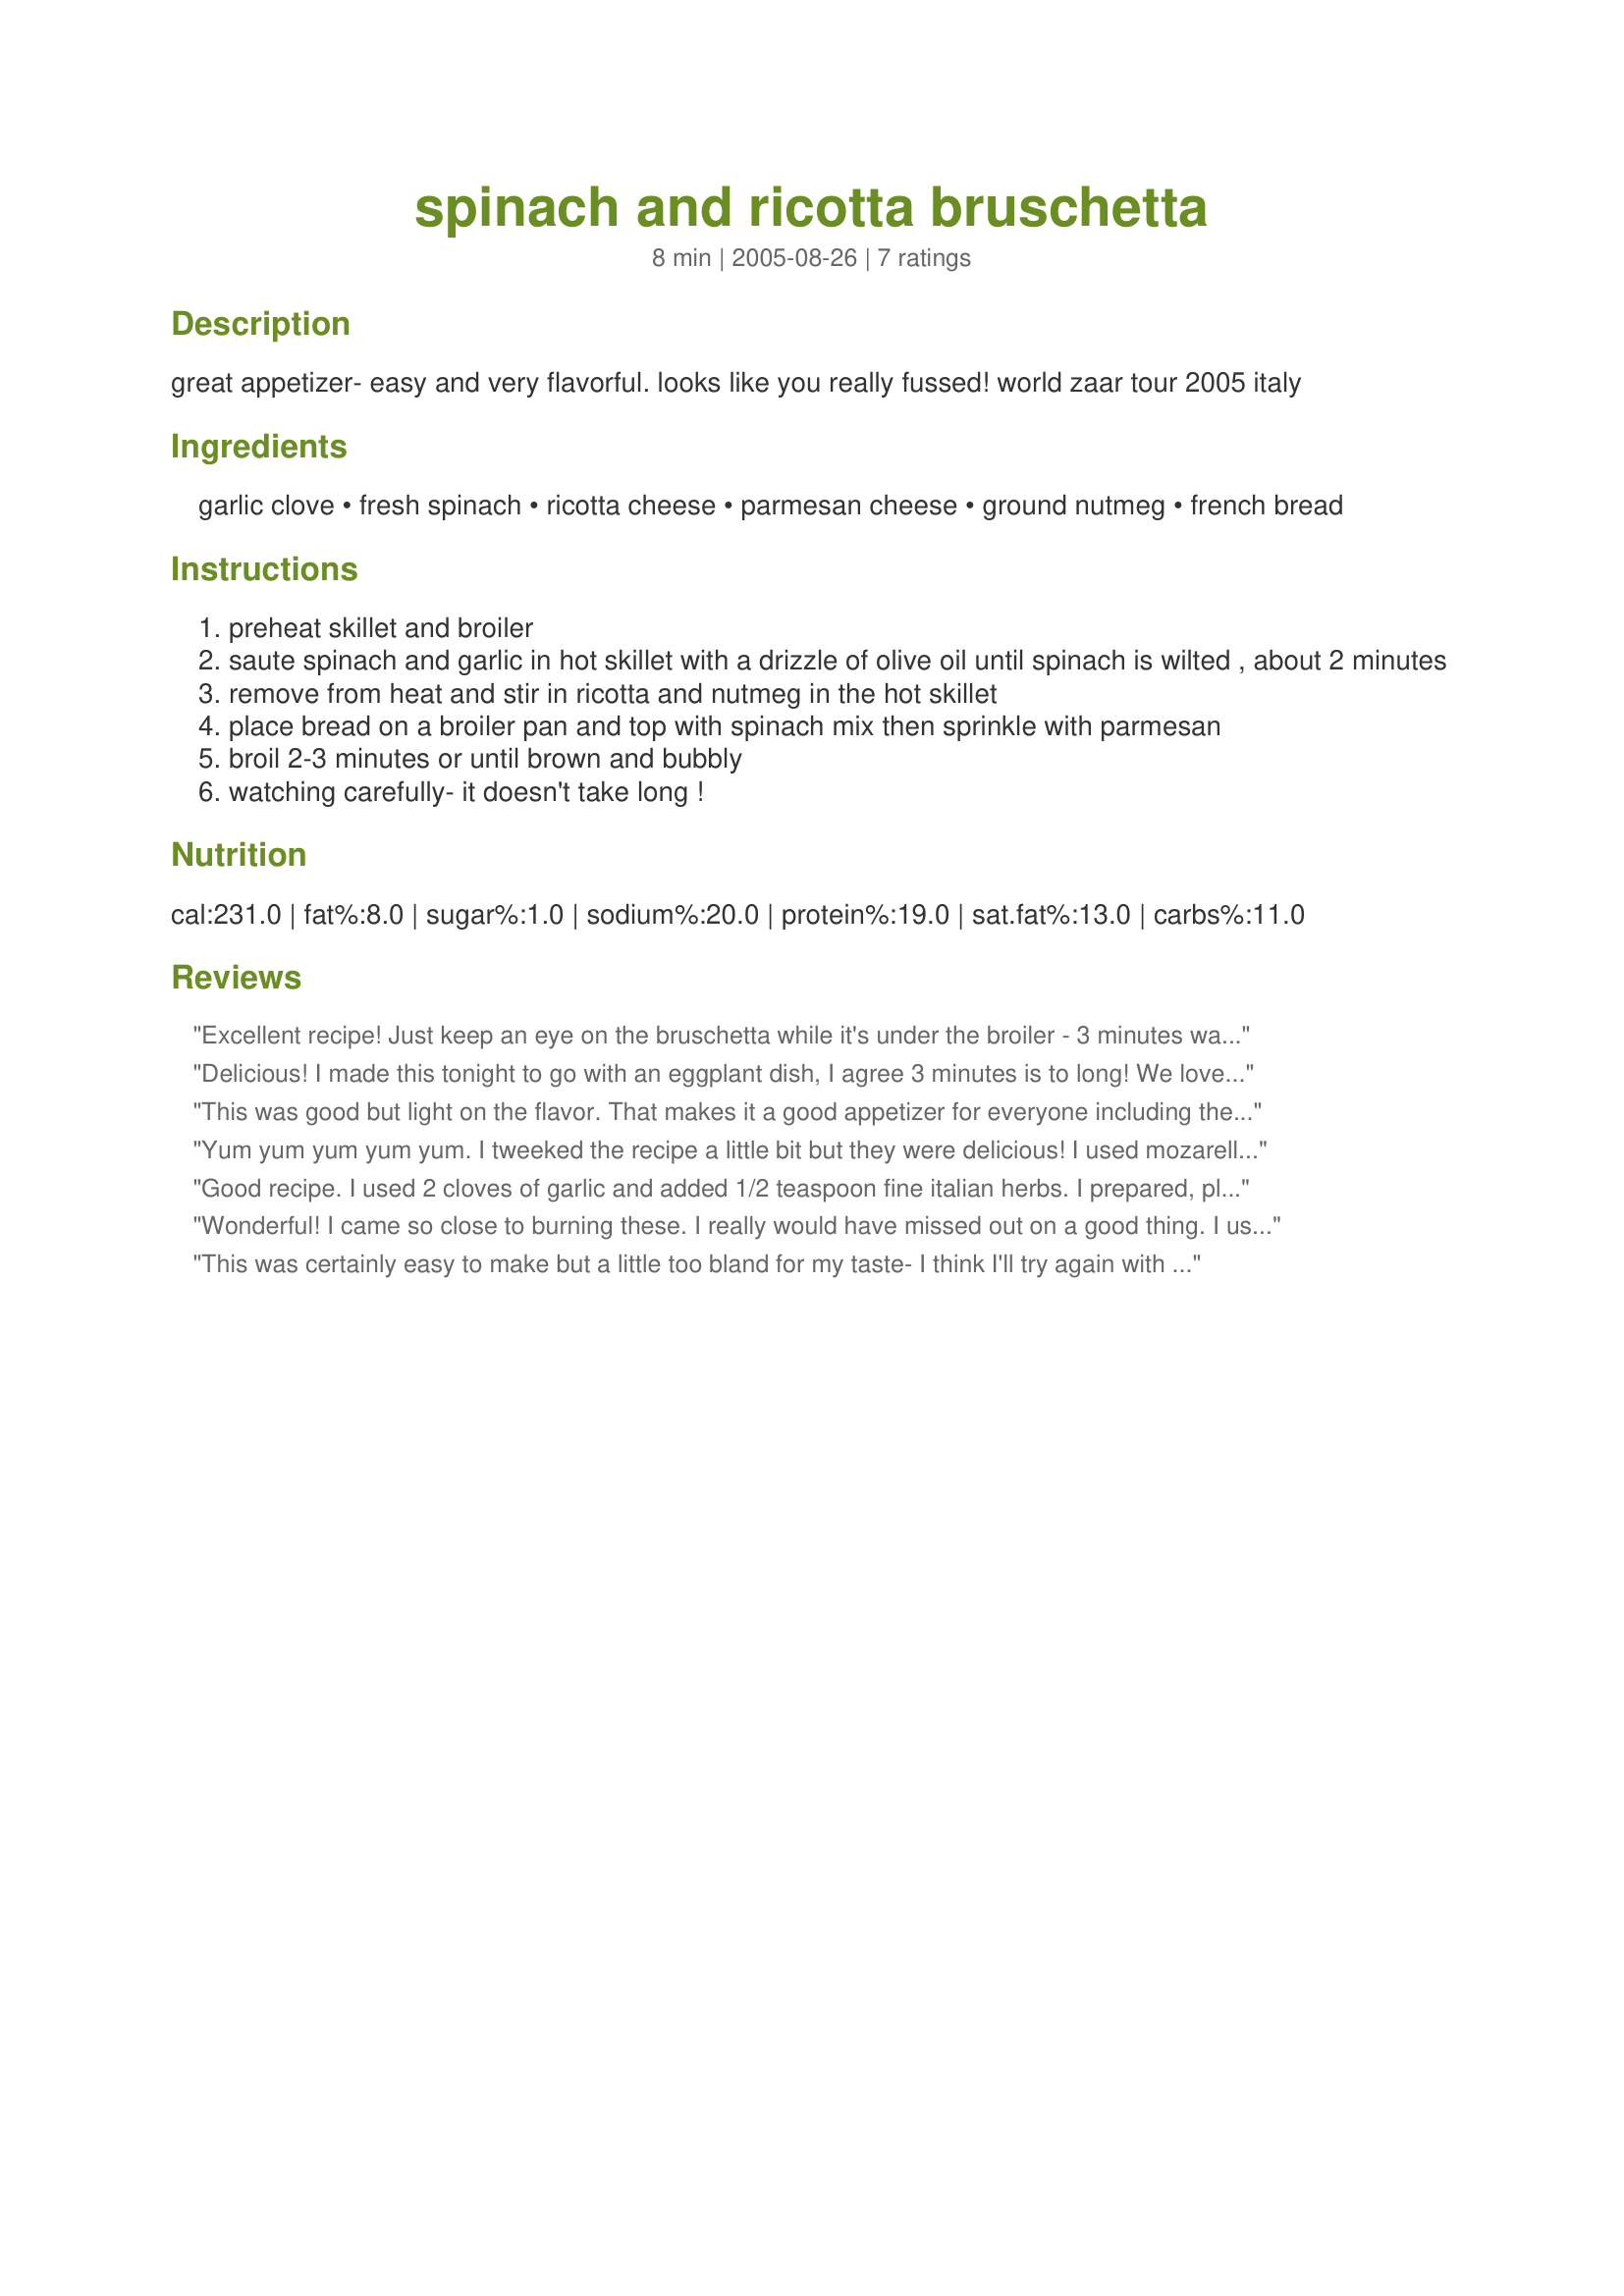
spinach and ricotta bruschetta
Preparation time: 8 minutes

great appetizer- easy and very flavorful. looks like you really fussed!

world zaar tour 2005 italy

Ingredients:
garlic clove, fresh spinach, ricotta cheese, parmesan cheese, ground nutmeg, french bread

Steps:
preheat skillet and broiler
saute spinach and garlic in hot skillet with a drizzle of olive oil until spinach is wilted , about 2 minutes
remove from heat and stir in ricotta and nutmeg in the hot skillet
place bread on a broiler pan and top with spinach mix then sprinkle with parmesan
broil 2-3 minutes or until brown and bubbly
watching carefully- it doesn't take long !

Reviews:
Excellent recipe! Just keep an eye on the bruschetta while it's under the broiler - 3 minutes was too much for mine!
Delicious! I made this tonight to go with an eggplant dish, I agree 3 minutes is to long! We loved this! thank you mama!...Kitten:)
This was good but light on the flavor. That makes it a good appetizer for everyone including the kids! Even your pickiest ones will like this. I even used an organic garlic bread with whole cloves in it and it was all gone. This was super easy and didn't heat up the kitchen too much.
Yum yum yum yum yum. I tweeked the recipe a little bit but they were delicious! I used mozarella cheese instead of the parmesan and used crumbled feta instead of the ricotta cheese. :)
Good recipe. I used 2 cloves of garlic and added 1/2 teaspoon fine italian herbs. I prepared, placed in bowl topped with parmesan cheese and served with melba toast.
Wonderful! I came so close to burning these. I really would have missed out on a good thing. I used escarole just because thats what I had and it worked out great. I cut down on the parmesan cheese using 1/4 cup. I spread it on my French Bread with Recipe #92370 just out of the oven. Recipe to be posted!
This was certainly easy to make but a little too bland for my taste- I think I'll try again with more garlic and maybe some italian seasoning to punch it up a bit. I also think using baquette bread might balance out the topping to bread ratio a bit better too. Nice change from the typical brushetta though.
